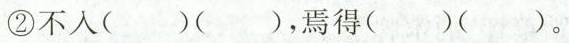
②不入( )( )，焉得( )( )。